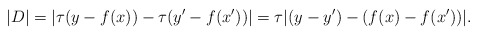
\begin{align*} |D| = |\tau(y - f(x)) - \tau(y' - f(x'))|= \tau|(y - y') - (f(x) - f(x'))|. \end{align*}